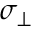
\sigma _ { \perp }